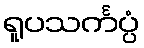
ရူပသင်္ကပ္ပံ